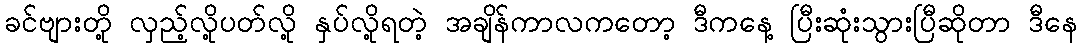
ခင်ဗျားတို့ လှည့်လို့ပတ်လို့ နှပ်လို့ရတဲ့ အချိန်ကာလကတော့ ဒီကနေ့ ပြီးဆုံးသွားပြီဆိုတာ ဒီနေ